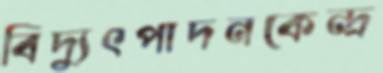
বিদ্যুৎপাদনকেন্দ্র